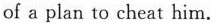
of a plan to cheat him.